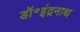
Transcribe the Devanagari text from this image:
डॉ॰इंद्रनाथ